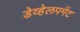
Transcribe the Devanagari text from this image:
डेव्हेलपमेंट